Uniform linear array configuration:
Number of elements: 4
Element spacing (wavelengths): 1
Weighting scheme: blackman
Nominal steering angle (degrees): -30
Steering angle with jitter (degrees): -29.509
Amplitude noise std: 0.05
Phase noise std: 0.05

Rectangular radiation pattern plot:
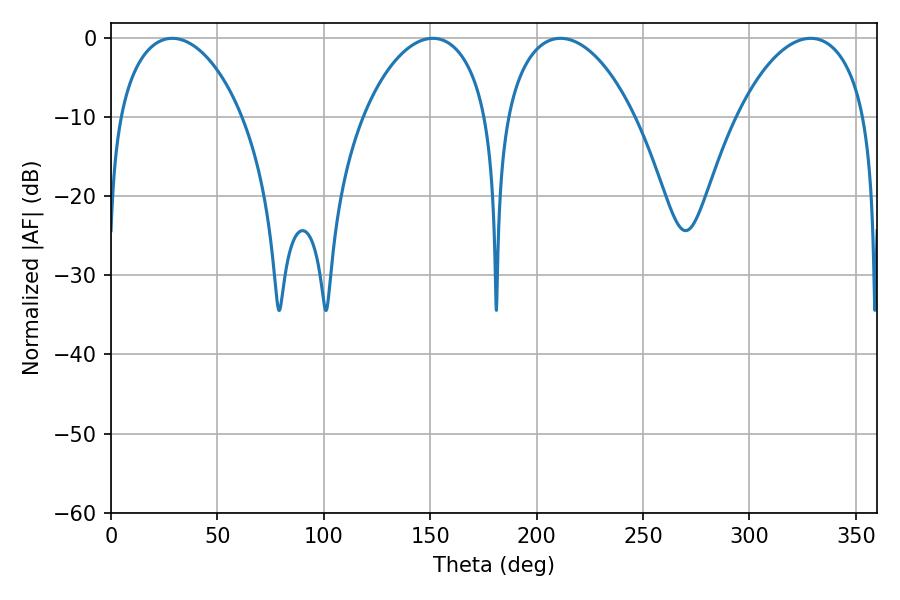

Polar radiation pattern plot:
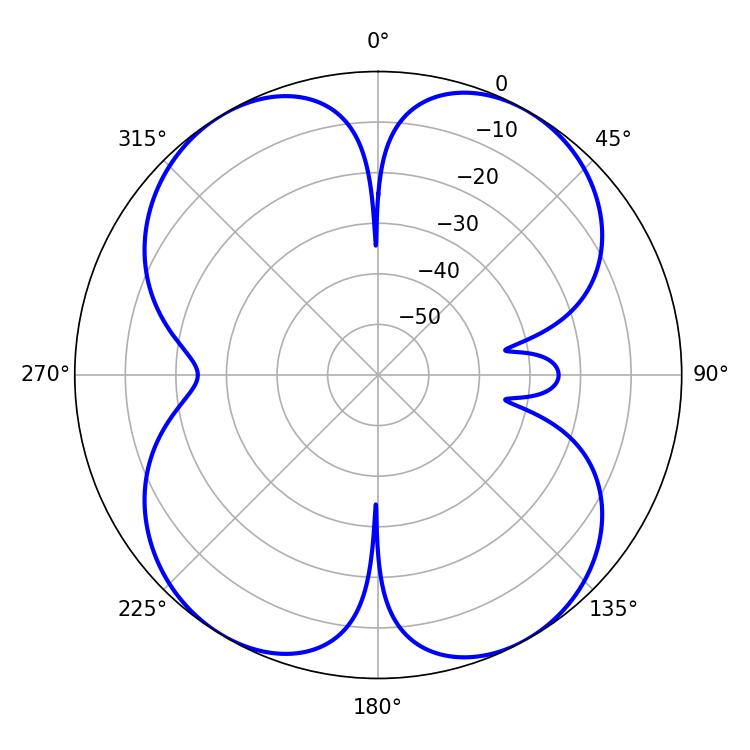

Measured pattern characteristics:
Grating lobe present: TRUE
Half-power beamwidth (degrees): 33.48
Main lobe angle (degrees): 151.2